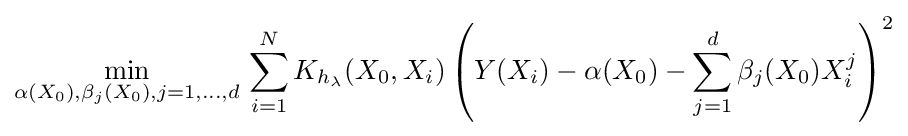
{\underset {\alpha (X_{0}),\beta _{j}(X_{0}),j=1,...,d}{\mathop {\min } }}\,\sum \limits _{i=1}^{N}{K_{h_{\lambda }}(X_{0},X_{i})\left(Y(X_{i})-\alpha (X_{0})-\sum \limits _{j=1}^{d}{\beta _{j}(X_{0})X_{i}^{j}}\right)^{2}}